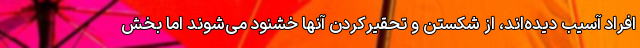
افراد آسیب دیده‌اند، از شکستن و تحقیرکردن آنها خشنود می‌شوند اما بخش